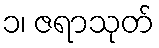
၁၊ ဇရာသုတ်